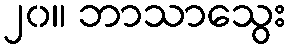
၂၀။ ဘာသာသွေး